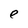
Character: e